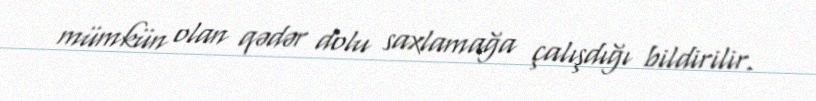
mümkün olan qədər dolu saxlamağa çalışdığı bildirilir.